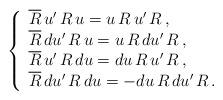
LaTeX: \begin{align*} \left\{\begin{array}{l} \overline{R}\,u'\,R\,u=u\,R\,u'\,R\,, \\ \overline{R}\,du'\,R\,u=u\,R\,du'\,R\,, \\ \overline{R}\,u'\,R\,du=du\,R\,u'\,R\,, \\ \overline{R}\,du'\,R\,du=-du\,R\,du'\,R\,.\end{array}\right.\end{align*}